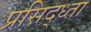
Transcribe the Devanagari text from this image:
प्रसिद्ध्ता